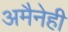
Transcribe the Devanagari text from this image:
अमैनेही